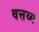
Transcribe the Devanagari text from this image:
वत्तव्य